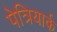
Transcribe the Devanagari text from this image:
पेत्रियार्क